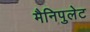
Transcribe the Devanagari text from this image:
मैनिपुलेट